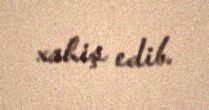
xahiş edib.